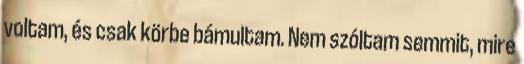
voltam, és csak körbe bámultam. Nem szóltam semmit, mire